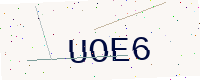
Text: UOE6